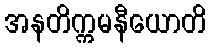
အနတိက္ကမနီယောတိ